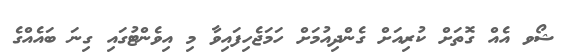
ޝޯވ އެއް ގޮތަށް ކުރިއަށް ގެންދިއުމަށް ހަމަޖެހިފައިވާ މި އިވެންޓުގައި ގިނަ ބައެއްގެ